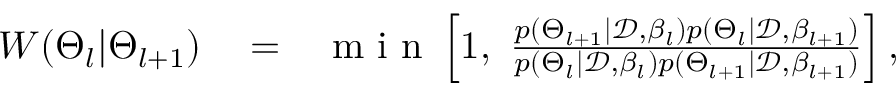
\begin{array} { r l r } { W ( \Theta _ { l } | \Theta _ { l + 1 } ) } & { { } = } & { \mathrm { ~ m ~ i ~ n ~ } \left[ 1 , \ \frac { p ( \Theta _ { l + 1 } | \mathcal { D } , \beta _ { l } ) p ( \Theta _ { l } | \mathcal { D } , \beta _ { l + 1 } ) } { p ( \Theta _ { l } | \mathcal { D } , \beta _ { l } ) p ( \Theta _ { l + 1 } | \mathcal { D } , \beta _ { l + 1 } ) } \right] , } \end{array}